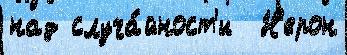
над случа́йност'и  Н'ерон